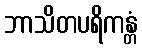
ဘာသိတပရိကန္တံ